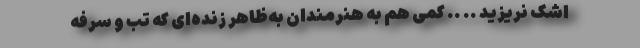
اشک نریزید .. .. کمی هم به هنرمندان به‌ظاهر زنده‌ای که تب و سرفه